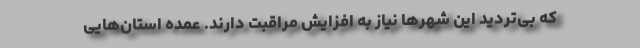
که بی‌تردید این شهرها نیاز به افزایش مراقبت دارند. عمده استان‌هایی